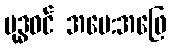
ဗုဒ္ဓဝင် အမေ:အဖြေ